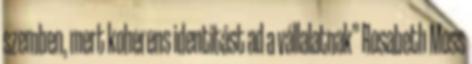
szemben, mert koherens identitást ad a vállalatnak” Rosabeth Moss